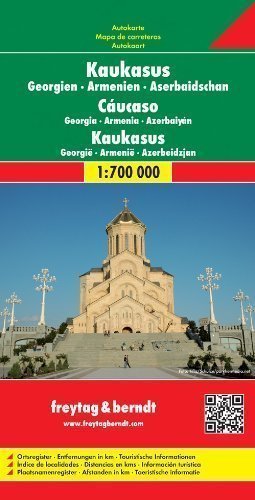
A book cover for Asia Road Map: Caucasus, Georgia, Armenia, Azerbaijan published by Freytag-Berndt (2008); Travel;